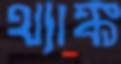
থ্যাঙ্ক